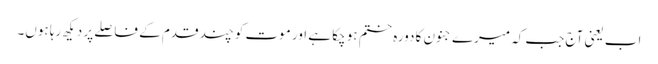
اب یعنی آج جب کہ میرے جنون کا دورہ ختم ہو چکا ہے اور موت کو چند قدم کے فاصلے پر دیکھ رہا ہوں۔